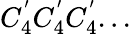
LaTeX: C_{4}^{'}C_{4}^{'}C_{4}^{'}...